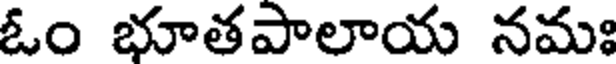
ఓం భూతపాలాయ నమః